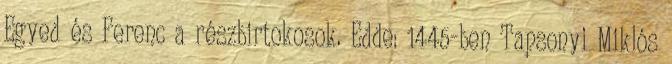
Egyed és Ferenc a részbirtokosok. Edde: 1445-ben Tapsonyi Miklós